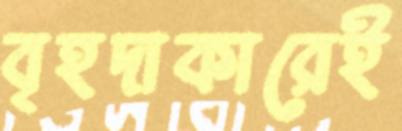
বৃহদাকারেই